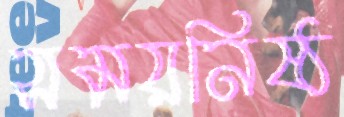
সময়নিষ্ঠ